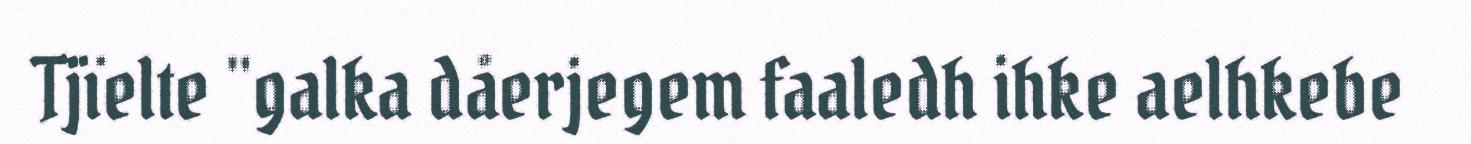
Tjïelte "galka dåerjegem faaledh ihke aelhkebe